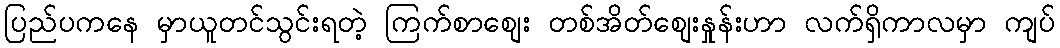
ပြည်ပကနေ မှာယူတင်သွင်းရတဲ့ ကြက်စာစျေး တစ်အိတ်စျေးနှုန်းဟာ လက်ရှိကာလမှာ ကျပ်